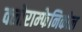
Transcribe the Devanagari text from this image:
क्लोराम्फेनिकोल